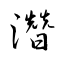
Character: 濳